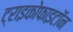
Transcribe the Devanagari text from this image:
ट्राइकोफाइटॉन